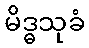
မိဒ္ဓသုခံ